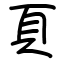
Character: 頁